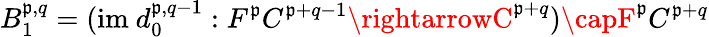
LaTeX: B_{1}^{\mathfrak{p},q}=({\mathrm{{im~}}}d_{0}^{\mathfrak{p},q-1}:F^{\mathfrak{p}}C^{\mathfrak{p}+q-1}\rightarrowC^{\mathfrak{p}+q})\capF^{\mathfrak{p}}C^{\mathfrak{p}+q}